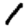
Digit: 1